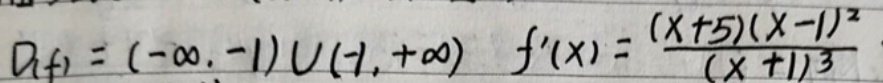
\[
D_f = (-\infty, -1) \cup (-1, +\infty) \quad f'(x)=\frac{(x + 5)(x - 1)^2}{(x + 1)^3}
\]